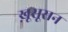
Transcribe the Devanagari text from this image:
ख़ूसूसन